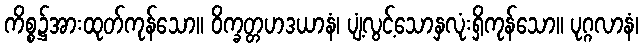
ကိစ္စ၌အားထုတ်ကုန်သော။ ဝိက္ခတ္တဟဒယာနံ၊ ပျံ့လွင့်သောနှလုံးရှိကုန်သော။ ပုဂ္ဂလာနံ၊